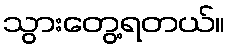
သွားတွေ့ရတယ်။